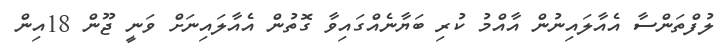
ލުފްތަންސާ އެއާލައިނުން އާއްމު ކުރި ބަޔާނެއްގައިވާ ގޮތުން އެއާލައިނަށް ވަނީ ޖޫން 18އިން